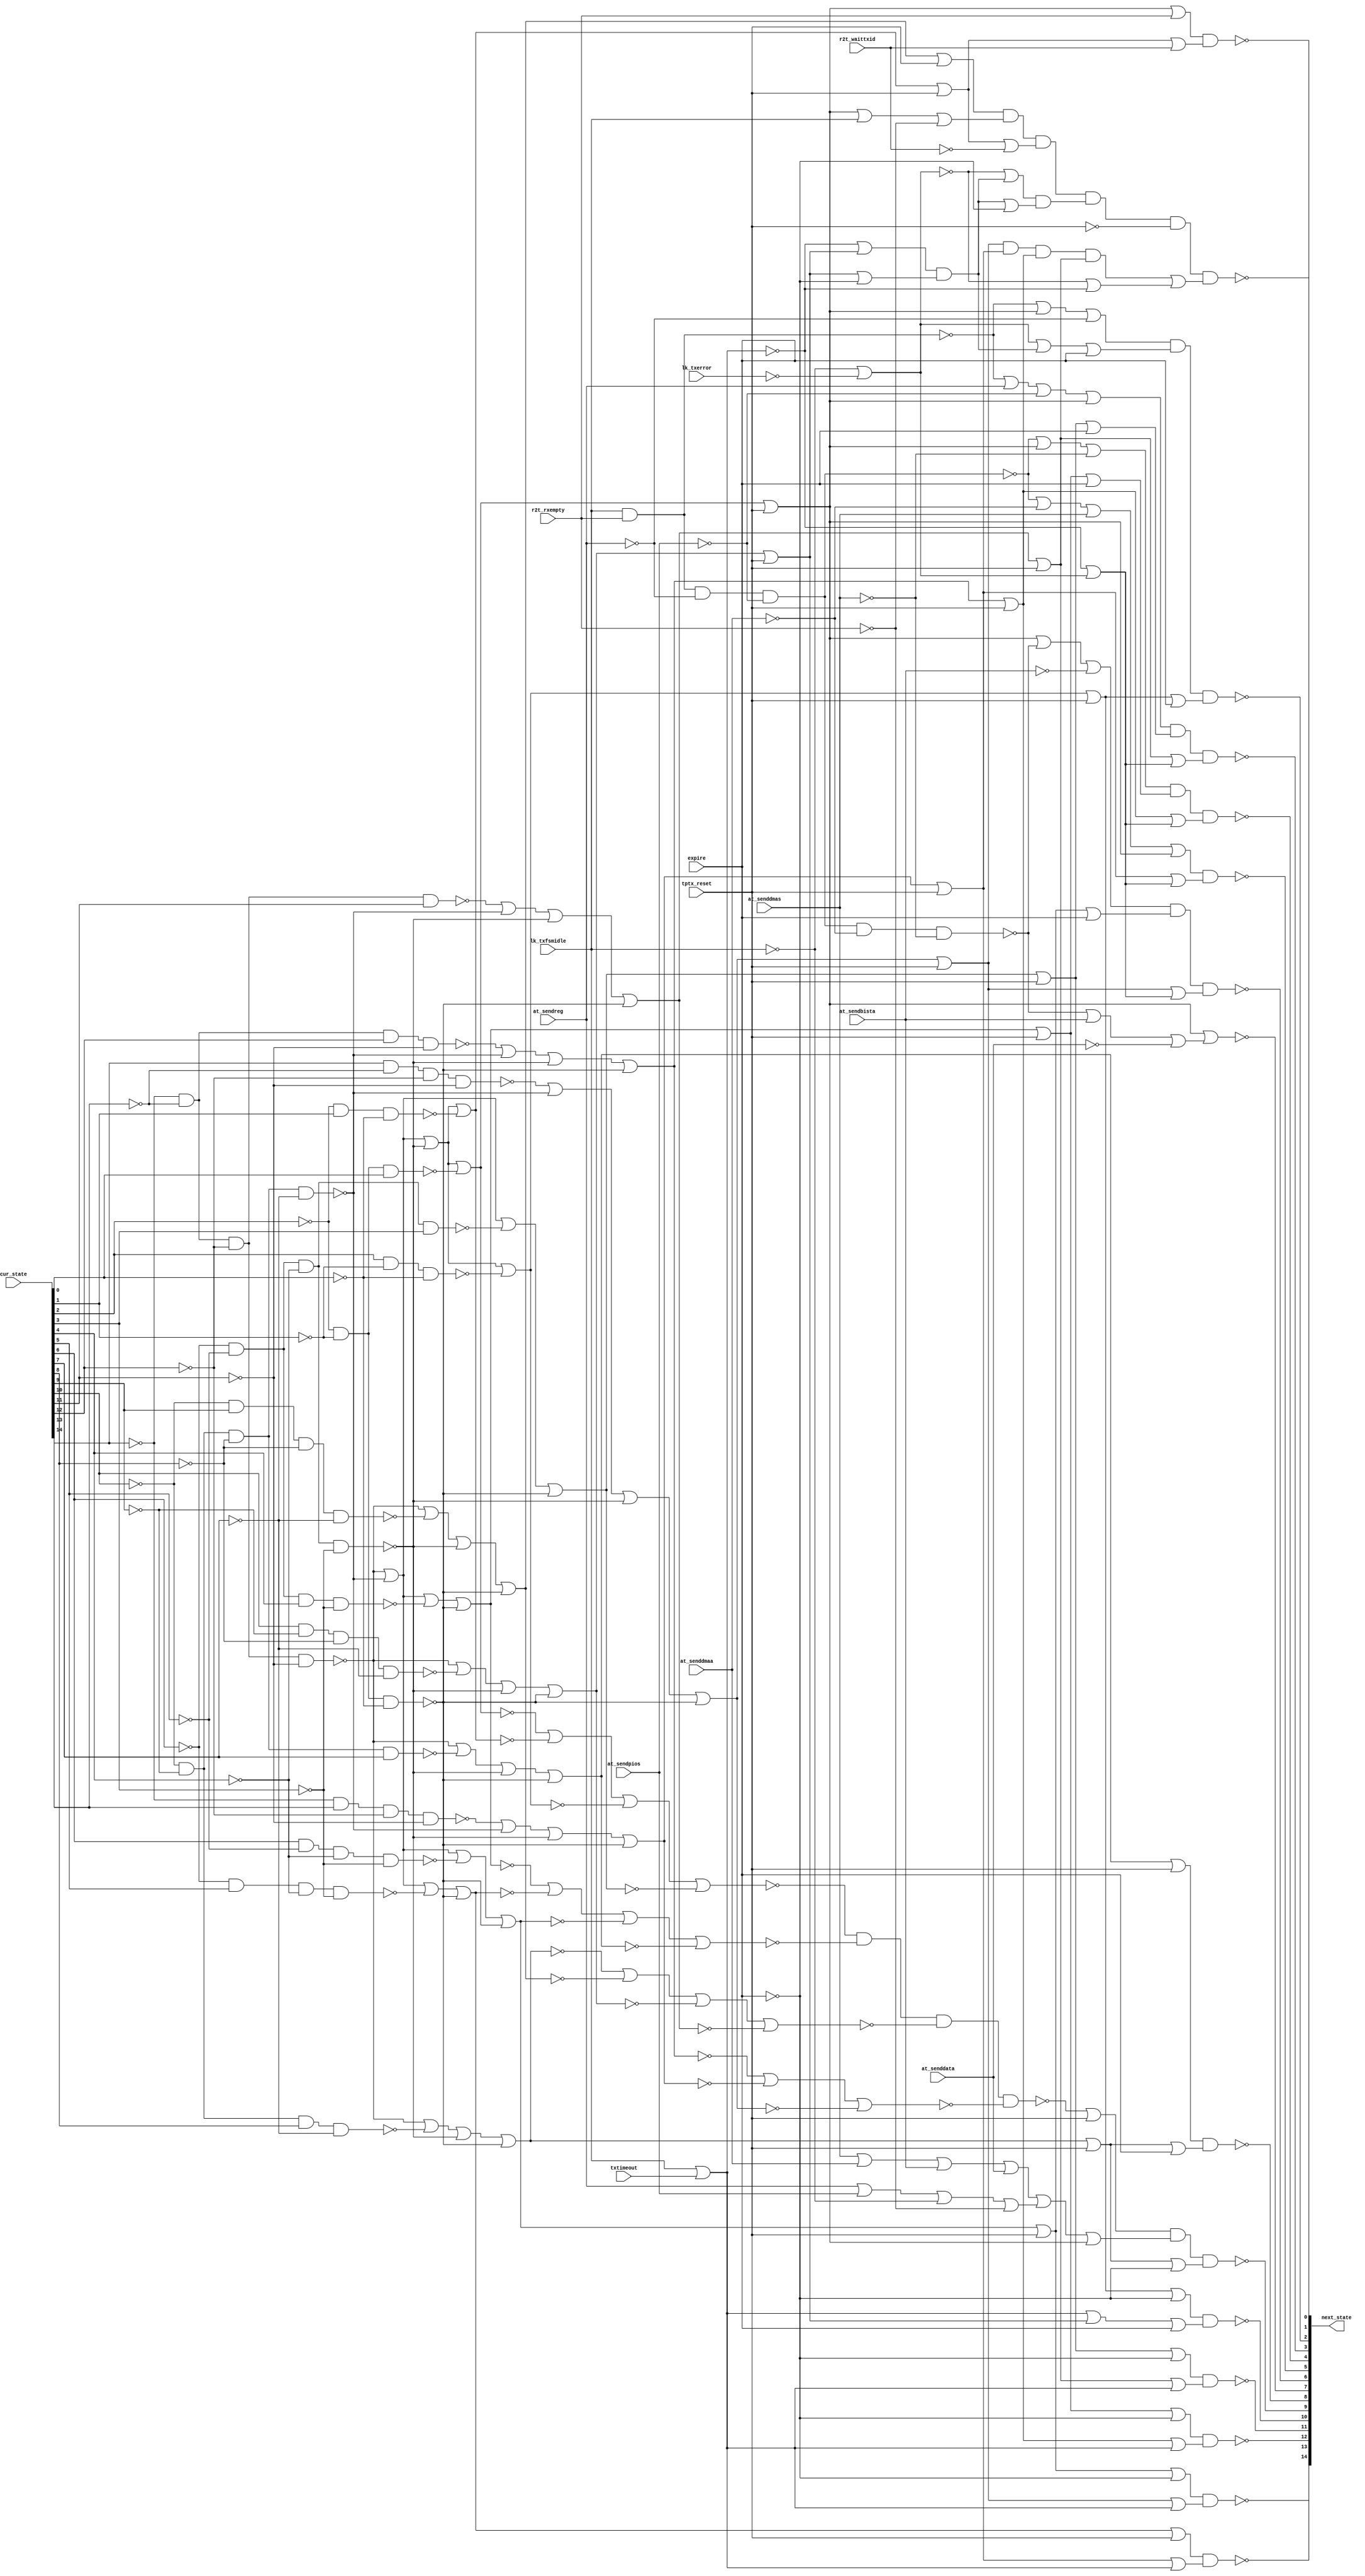

// Generated by Cadence Encounter(R) RTL Compiler RC11.10 - v11.10-p005_1

// Verification Directory fv/top 

module top(next_state, cur_state, at_sendreg, at_senddmaa, at_sendpios,
     at_senddmas, at_sendbista, at_senddata, lk_txfsmidle, lk_txerror,
     r2t_waittxid, r2t_rxempty, txtimeout, expire, tptx_reset);
  input [14:0] cur_state;
  input at_sendreg, at_senddmaa, at_sendpios, at_senddmas,
       at_sendbista, at_senddata, lk_txfsmidle, lk_txerror,
       r2t_waittxid, r2t_rxempty, txtimeout, expire, tptx_reset;
  output [14:0] next_state;
  wire [14:0] cur_state;
  wire at_sendreg, at_senddmaa, at_sendpios, at_senddmas, at_sendbista,
       at_senddata, lk_txfsmidle, lk_txerror, r2t_waittxid,
       r2t_rxempty, txtimeout, expire, tptx_reset;
  wire [14:0] next_state;
  wire n_62, n_63, n_64, n_65, n_66, n_67, n_68, n_69;
  wire n_70, n_71, n_72, n_73, n_74, n_75, n_76, n_135;
  wire n_138, n_163, n_165, n_166, n_187, n_188, n_189, n_194;
  wire n_301, n_302, n_303, n_304, n_305, n_508, n_510, n_522;
  wire n_530, n_547, n_558, n_566, n_575, n_583, n_597, n_623;
  wire n_1147, n_1156, n_1671, n_1672, n_1675, n_1698, n_1706, n_1707;
  wire n_1708, n_1709, n_1710, n_1711, n_1712, n_1713, n_1714, n_1715;
  wire n_1716, n_1717, n_1718, n_1719, n_1720, n_1721, n_1722, n_1723;
  wire n_1724, n_1725, n_1726, n_1727, n_1728, n_1729, n_1730, n_1731;
  wire n_1732, n_1733, n_1734, n_1735, n_1736, n_1737, n_1738, n_1739;
  wire n_1740, n_1741, n_1742, n_1743, n_1744, n_1745, n_1746, n_1747;
  wire n_1748, n_1749, n_1750, n_1751, n_1752, n_1753, n_1754, n_1755;
  wire n_1756, n_1757, n_1758, n_1759, n_1760, n_1761, n_1762, n_1763;
  wire n_1764, n_1765, n_1766, n_1767, n_1768, n_1769, n_1770, n_1771;
  wire n_1772, n_1773, n_1774, n_1775, n_1776, n_1777, n_1778, n_1779;
  wire n_1780, n_1781, n_1782, n_1783, n_1784, n_1785, n_1786, n_1787;
  wire n_1788, n_1789, n_1790, n_1791, n_1792, n_1793, n_1794, n_1795;
  wire n_1796, n_1797, n_1798, n_1799, n_1800, n_1801, n_1802, n_1803;
  wire n_1804, n_1805, n_1806, n_1807, n_1808, n_1809, n_1810, n_1811;
  wire n_1812, n_1813, n_1814, n_1815, n_1816, n_1817, n_1818, n_1819;
  wire n_1820, n_1821, n_1822, n_1823, n_1824, n_1825, n_1826, n_1827;
  wire n_1828, n_1829, n_1830, n_1831, n_1832, n_1833, n_1834, n_1835;
  wire n_1836, n_1837, n_1838, n_1839, n_1840, n_1841, n_1842, n_1843;
  wire n_1844, n_1845, n_1846, n_1847, n_1848, n_1849, n_1850, n_1851;
  wire n_1852, n_1853, n_1854, n_1855, n_1856, n_1857, n_1858, n_1859;
  wire n_1860, n_1861, n_1862, n_1863, n_1864, n_1865, n_1866, n_1867;
  wire n_1868, n_1869, n_1870, n_1871, n_1872, n_1873, n_1874, n_1875;
  wire n_1876, n_1877, n_1878, n_1879;
  nand g120 (n_305, n_301, n_302, n_303, n_304);
  nor g119 (n_304, n_74, n_75, n_76);
  nor g118 (n_303, n_70, n_71, n_72, n_73);
  nor g117 (n_302, n_66, n_67, n_68, n_69);
  nor g116 (n_301, n_62, n_63, n_64, n_65);
  nor g113 (n_75, n_1759, n_188, n_189, n_194);
  nor g105 (n_71, n_187, n_1751, n_189, n_194);
  nor g107 (n_72, n_187, n_1753, n_189, n_194);
  nor g109 (n_73, n_1755, n_188, n_189, n_194);
  nor g111 (n_74, n_1757, n_188, n_189, n_194);
  nor g95 (n_66, n_187, n_188, n_1741, n_194);
  nor g97 (n_67, n_187, n_188, n_1743, n_194);
  nor g101 (n_69, n_187, n_1747, n_189, n_194);
  nor g103 (n_70, n_187, n_1749, n_189, n_194);
  nor g86 (n_62, n_187, n_188, n_189, n_1733);
  nor g88 (n_63, n_187, n_188, n_189, n_1735);
  nor g90 (n_64, n_187, n_188, n_189, n_1737);
  nor g93 (n_65, n_187, n_188, n_1739, n_194);
  nor g99 (n_68, n_187, n_188, n_1745, n_194);
  nor g115 (n_76, n_1761, n_188, n_189, n_194);
  nor g79 (n_1156, at_senddmas, at_senddmaa, at_sendbista, at_senddata);
  nor g753 (n_135, lk_txfsmidle, txtimeout);
  nand g773 (n_163, lk_txfsmidle, r2t_rxempty);
  nor g779 (n_510, n_138, n_135);
  nor g811 (n_1147, n_305, tptx_reset);
  not g1526 (n_1706, at_senddata);
  not g1527 (n_1707, at_sendbista);
  not g1528 (n_1708, at_senddmaa);
  not g1529 (n_1709, at_senddmas);
  not g1530 (n_1710, lk_txfsmidle);
  not g1531 (n_1711, r2t_rxempty);
  not g1532 (n_1712, tptx_reset);
  not g1533 (n_1713, expire);
  not g1534 (n_1714, cur_state[11]);
  not g1535 (n_1715, cur_state[12]);
  not g1536 (n_1716, cur_state[13]);
  not g1537 (n_1717, cur_state[14]);
  not g1538 (n_1718, cur_state[7]);
  not g1539 (n_1719, cur_state[8]);
  not g1540 (n_1720, cur_state[9]);
  not g1541 (n_1721, cur_state[10]);
  not g1542 (n_1722, cur_state[3]);
  not g1543 (n_1723, cur_state[4]);
  not g1544 (n_1724, cur_state[5]);
  not g1545 (n_1725, cur_state[6]);
  not g1546 (n_1726, cur_state[0]);
  not g1547 (n_1727, cur_state[1]);
  not g1548 (n_1728, cur_state[2]);
  not g1549 (n_1729, lk_txerror);
  not g1550 (n_1730, at_sendpios);
  not g1551 (n_1731, at_sendreg);
  not g1552 (n_1732, r2t_waittxid);
  nand g1553 (n_187, n_1717, n_1716, n_1715, n_1714);
  nand g1554 (n_188, n_1721, n_1720, n_1719, n_1718);
  nand g1555 (n_189, n_1725, n_1724, n_1723, n_1722);
  nand g1556 (n_1733, n_1728, n_1727, cur_state[0]);
  not g1557 (n_1734, n_62);
  nand g1558 (n_1735, n_1728, cur_state[1], n_1726);
  not g1559 (n_1736, n_63);
  nand g1560 (n_1737, cur_state[2], n_1727, n_1726);
  not g1561 (n_1738, n_64);
  nand g1562 (n_1739, n_1725, n_1724, n_1723, cur_state[3]);
  nand g1563 (n_194, n_1728, n_1727, n_1726);
  not g1564 (n_1740, n_65);
  nand g1565 (n_1741, n_1725, n_1724, cur_state[4], n_1722);
  not g1566 (n_1742, n_66);
  nand g1567 (n_1743, n_1725, cur_state[5], n_1723, n_1722);
  not g1568 (n_1744, n_67);
  nand g1569 (n_1745, cur_state[6], n_1724, n_1723, n_1722);
  not g1570 (n_1746, n_68);
  nand g1571 (n_1747, n_1721, n_1720, n_1719, cur_state[7]);
  not g1572 (n_1748, n_69);
  nand g1573 (n_1749, n_1721, n_1720, cur_state[8], n_1718);
  not g1574 (n_1750, n_70);
  nand g1575 (n_1751, n_1721, cur_state[9], n_1719, n_1718);
  not g1576 (n_1752, n_71);
  nand g1577 (n_1753, cur_state[10], n_1720, n_1719, n_1718);
  not g1578 (n_1754, n_72);
  nand g1579 (n_1755, n_1717, n_1716, n_1715, cur_state[11]);
  not g1580 (n_1756, n_73);
  nand g1581 (n_1757, n_1717, n_1716, cur_state[12], n_1714);
  not g1582 (n_1758, n_74);
  nand g1583 (n_1759, n_1717, cur_state[13], n_1715, n_1714);
  not g1584 (n_1760, n_75);
  nand g1585 (n_1761, cur_state[14], n_1716, n_1715, n_1714);
  not g1586 (n_1762, n_76);
  nor g1587 (n_1671, n_1734, tptx_reset);
  not g1588 (n_1763, n_1671);
  not g1589 (n_1764, n_163);
  nand g1590 (n_165, n_1764, n_1731, n_1730);
  not g1591 (n_1765, n_165);
  nand g1592 (n_166, n_1765, n_1708, n_1709);
  nor g1593 (n_1766, n_166, at_sendbista, n_1706);
  not g1594 (n_1767, n_1766);
  nor g1595 (next_state[7], n_1763, n_1767);
  not g1596 (n_1768, n_1156);
  not g1597 (n_1769, n_135);
  nor g1598 (n_138, n_1710, n_1729);
  not g1599 (n_1770, n_138);
  not g1600 (n_1771, n_510);
  not g1601 (n_1772, n_1147);
  nor g1602 (n_1773, n_1763, r2t_rxempty);
  not g1603 (n_1774, n_1773);
  nor g1604 (n_1672, n_1736, tptx_reset);
  not g1605 (n_1775, n_1672);
  nor g1606 (n_1776, n_1775, r2t_waittxid);
  not g1607 (n_1777, n_1776);
  nand g1608 (next_state[1], n_1774, n_1777);
  nor g1609 (n_530, n_1762, tptx_reset);
  not g1610 (n_1778, n_530);
  nor g1611 (n_547, n_1760, tptx_reset);
  not g1612 (n_1779, n_547);
  nor g1613 (n_566, n_1758, tptx_reset);
  not g1614 (n_1780, n_566);
  nor g1615 (n_583, n_1756, tptx_reset);
  not g1616 (n_1781, n_583);
  nand g1617 (n_1782, n_1778, n_1779, n_1780, n_1781);
  not g1618 (n_1783, n_1782);
  nor g1619 (n_1784, n_1783, n_1771);
  not g1620 (n_1785, n_1784);
  nor g1621 (n_522, n_1746, tptx_reset);
  not g1622 (n_1786, n_522);
  nor g1623 (n_1787, n_1786, n_1713);
  not g1624 (n_1788, n_1787);
  nor g1625 (n_1789, n_1778, n_1769);
  not g1626 (n_1790, n_1789);
  nor g1627 (n_1791, n_1779, n_1769);
  not g1628 (n_1792, n_1791);
  nor g1629 (n_558, n_1742, tptx_reset);
  not g1630 (n_1793, n_558);
  nor g1631 (n_1794, n_1793, n_1713);
  not g1632 (n_1795, n_1794);
  nor g1633 (n_1796, n_1780, n_1769);
  not g1634 (n_1797, n_1796);
  nor g1635 (n_575, n_1740, tptx_reset);
  not g1636 (n_1798, n_575);
  nor g1637 (n_1799, n_1798, n_1713);
  not g1638 (n_1800, n_1799);
  nor g1639 (n_1801, n_1781, n_1769);
  not g1640 (n_1802, n_1801);
  nor g1641 (n_597, n_1738, tptx_reset);
  not g1642 (n_1803, n_597);
  nor g1643 (n_1804, n_1803, n_1713);
  not g1644 (n_1805, n_1804);
  nor g1645 (n_508, n_135, n_1770);
  not g1646 (n_1806, n_508);
  nor g1647 (n_1807, n_1779, n_1806);
  not g1648 (n_1808, n_1807);
  nor g1649 (n_1809, n_1780, n_1806);
  not g1650 (n_1810, n_1809);
  nor g1651 (n_1811, n_1781, n_1806);
  not g1652 (n_1812, n_1811);
  nor g1653 (n_1813, n_1778, n_1806);
  not g1654 (n_1814, n_1813);
  nor g1655 (n_623, n_1750, tptx_reset);
  not g1656 (n_1815, n_623);
  nor g1657 (n_1816, n_1815, n_1713);
  not g1658 (n_1817, n_1816);
  nand g1659 (next_state[14], n_1788, n_1790);
  nor g1660 (n_1818, n_1744, tptx_reset);
  not g1661 (n_1819, n_1818);
  nand g1662 (next_state[13], n_1819, n_1792);
  nand g1663 (next_state[12], n_1795, n_1797);
  nand g1664 (next_state[11], n_1800, n_1802);
  nor g1665 (n_1820, n_1748, tptx_reset);
  not g1666 (n_1821, n_1820);
  nor g1667 (n_1822, n_1815, expire);
  not g1668 (n_1823, n_1822);
  nand g1669 (next_state[8], n_1821, n_1823);
  nor g1670 (n_1675, n_1754, tptx_reset);
  not g1671 (n_1824, n_1675);
  nor g1672 (n_1825, n_1769, n_1824, expire);
  not g1673 (n_1826, n_1825);
  nand g1674 (next_state[10], n_1805, n_1826);
  nor g1675 (n_1827, n_165, n_1708, at_senddmas);
  not g1676 (n_1828, n_1827);
  nor g1677 (n_1829, n_1828, n_1763);
  not g1678 (n_1830, n_1829);
  nand g1679 (next_state[5], n_1830, n_1808);
  nor g1680 (n_1831, n_165, n_1763, n_1709);
  not g1681 (n_1832, n_1831);
  nor g1682 (n_1833, n_1793, expire);
  not g1683 (n_1834, n_1833);
  nand g1684 (next_state[4], n_1832, n_1834, n_1810);
  nor g1685 (n_1835, n_163, at_sendreg, n_1730);
  not g1686 (n_1836, n_1835);
  nor g1687 (n_1837, n_1836, n_1763);
  not g1688 (n_1838, n_1837);
  nor g1689 (n_1839, n_1798, expire);
  not g1690 (n_1840, n_1839);
  nand g1691 (next_state[3], n_1838, n_1840, n_1812);
  nor g1692 (n_1841, n_1763, n_166, n_1707);
  not g1693 (n_1842, n_1841);
  nor g1694 (n_1843, n_1786, expire);
  not g1695 (n_1844, n_1843);
  nand g1696 (next_state[6], n_1842, n_1844, n_1814);
  nor g1697 (n_1845, at_sendreg, at_sendpios, n_1710, n_1711);
  not g1698 (n_1846, n_1845);
  nor g1699 (n_1847, n_1768, n_1846, n_1763);
  not g1700 (n_1848, n_1847);
  nand g1701 (n_1849, n_1772, n_1848);
  not g1702 (n_1850, n_1849);
  nand g1703 (next_state[9], n_1850, n_1817);
  nor g1704 (n_1851, n_163, n_1763, n_1731);
  not g1705 (n_1852, n_1851);
  nor g1706 (n_1853, n_135, n_1824);
  not g1707 (n_1854, n_1853);
  nor g1708 (n_1855, n_1824, n_1713);
  not g1709 (n_1856, n_1855);
  nand g1710 (n_1698, n_1854, n_1856);
  not g1711 (n_1857, n_1698);
  nor g1712 (n_1858, n_1770, n_1857, expire);
  not g1713 (n_1859, n_1858);
  nand g1714 (n_1860, n_1852, n_1859);
  not g1715 (n_1861, n_1860);
  nor g1716 (n_1862, n_1803, expire);
  not g1717 (n_1863, n_1862);
  nand g1718 (next_state[2], n_1861, n_1863);
  nor g1719 (n_1864, n_1752, tptx_reset);
  not g1720 (n_1865, n_1864);
  nor g1721 (n_1866, n_1763, lk_txfsmidle, n_1711);
  not g1722 (n_1867, n_1866);
  nor g1723 (n_1868, n_1775, n_1732);
  not g1724 (n_1869, n_1868);
  nor g1725 (n_1870, n_138, n_1857);
  not g1726 (n_1871, n_1870);
  nor g1727 (n_1872, n_1857, n_1713);
  not g1728 (n_1873, n_1872);
  nand g1729 (n_1874, n_1871, n_1873);
  not g1730 (n_1875, n_1874);
  nand g1731 (n_1876, n_1865, n_1867, n_1869, n_1875);
  not g1732 (n_1877, n_1876);
  nand g1733 (n_1878, n_1877, n_1712);
  not g1734 (n_1879, n_1878);
  nand g1735 (next_state[0], n_1879, n_1785);
endmodule